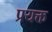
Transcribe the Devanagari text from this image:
प्रयक्त